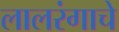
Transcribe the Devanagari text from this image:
लालरंगाचे